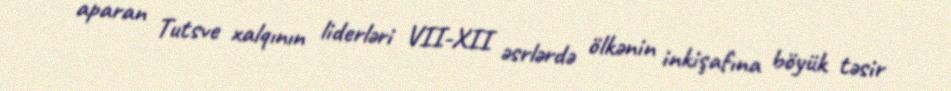
aparan Tutsve xalqının liderləri VII-XII əsrlərdə ölkənin inkişafına böyük təsir